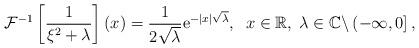
LaTeX: \begin{align*}\mathcal{F}^{-1}\left[ \frac{1}{\xi ^{2}+\lambda }\right] \left( x\right) =\frac{1}{2\sqrt{\lambda }}\mathrm{e}^{-\left\vert x\right\vert \sqrt{\lambda }},\;\;x\in \mathbb{R},\;\lambda \in \mathbb{C}\backslash \left( -\infty ,0\right] , \end{align*}